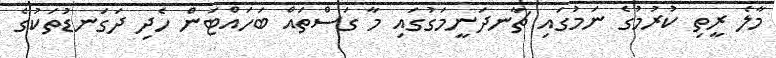
މާލެ ރީތި ކުރުމުގެ ނަމުގައި ޗާނދަނީމަގުގައި މާ ގަސްތައް ބަހައްޓަން ހެދި ދަގަނޑުތަކުގެ